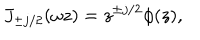
J _ { \pm j / 2 } ( \omega z ) = z ^ { \pm j / 2 } \phi ( z ) ,